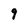
Character: 9